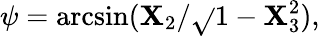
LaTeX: \psi=\arcsin(\mathbf{X}_{2}/{\sqrt{}{{1-\mathbf{X}_{3}^{2}}}}),